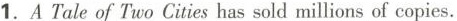
1.A Tale of Two Cities has sold millions of copies.